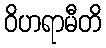
ဝိဟရာမီတိ